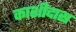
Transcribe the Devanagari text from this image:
काशीदास